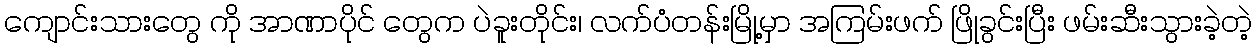
ကျောင်းသားတွေ ကို အာဏာပိုင် တွေက ပဲခူးတိုင်း၊ လက်ပံတန်းမြို့မှာ အကြမ်းဖက် ဖြိုခွင်းပြီး ဖမ်းဆီးသွားခဲ့တဲ့